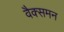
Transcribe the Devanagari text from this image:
वैक्समन